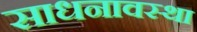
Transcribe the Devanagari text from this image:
साधनावस्था